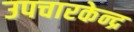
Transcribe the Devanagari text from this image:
उपचारकेन्द्र